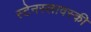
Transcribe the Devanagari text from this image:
स्टेनस्लावस्की